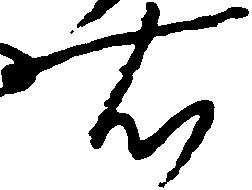
右